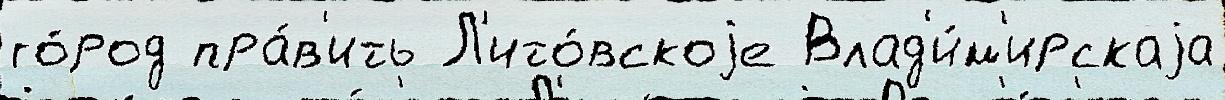
го́род пра́в'ить Л'ито́вскоjе Влад'и́м'ирскаjа